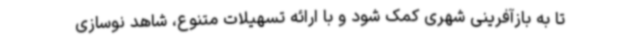
تا به بازآفرینی شهری کمک شود و با ارائه تسهیلات متنوع، شاهد نوسازی